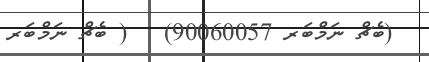
(ބެޗް ނަމްބަރ 90060057)   ( ބެޗް ނަމްބަރ